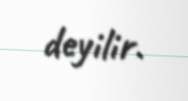
deyilir.